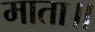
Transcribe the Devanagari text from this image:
माता॥